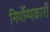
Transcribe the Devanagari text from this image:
निर्योग्यकारी